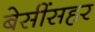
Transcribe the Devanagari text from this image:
बेसींसहर